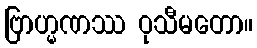
ဗြာဟ္မဏဿ ဝုသီမတော။